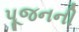
પૂજનની